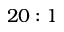
2 0 : 1